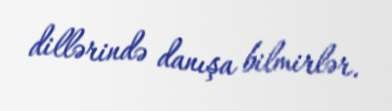
dillərində danışa bilmirlər.